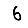
Digit: 6